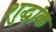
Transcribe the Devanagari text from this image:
शुद्धांक